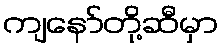
ကျနော်တို့ဆီမှာ